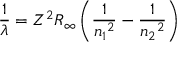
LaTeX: { \frac { 1 } { \lambda } } = Z ^ { 2 } R _ { \infty } \left( { \frac { 1 } { { n _ { 1 } } ^ { 2 } } } - { \frac { 1 } { { n _ { 2 } } ^ { 2 } } } \right)